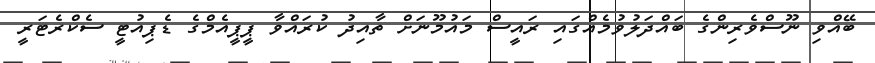
ބޭއްވި ނޫސްވެރިންގެ ބައްދަލުވުމެއްގައި ރައީސް މައުމޫނަށް ތާއިދު ކުރައްވާ ޕީޕީއެމްގެ ޑެޕިއުޓީ ސެކްރެޓަރީ